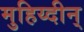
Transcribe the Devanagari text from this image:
मुहिय्दीन्